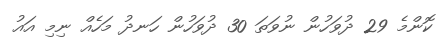
ކޮންމެ 29 ދުވަހުން ނުވަތަ 30 ދުވަހުން ހަނދު މަހެއް ނިމި އައު